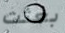
بعثت